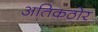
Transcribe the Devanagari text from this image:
अतिकठोर